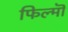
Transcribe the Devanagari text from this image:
फिल्मॊ